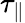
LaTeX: \tau_{\parallel}